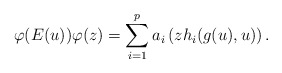
\begin{align*}{\varphi(E(u)) }\varphi (z) = \sum\limits _{i = 1} ^p a_i \left ( z h _i (g(u), u) \right ). \end{align*}